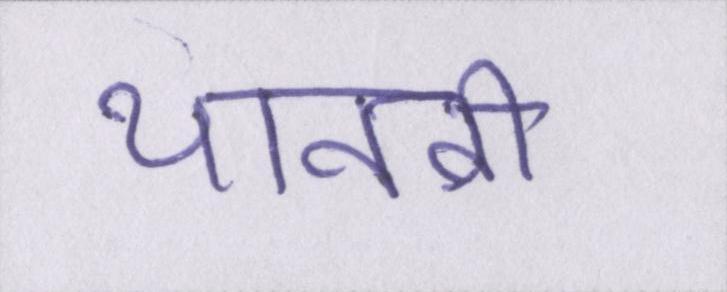
थानवी